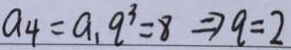
a _ { 4 } = a _ { 1 } q ^ { 3 } = 8 \Rightarrow q = 2